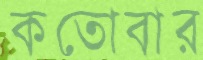
কতোবার